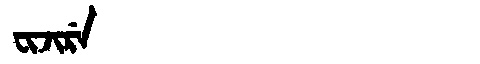
Manchu: ᠸᡳᠵᡳᡵᡝ
Romanization: FIJIRE